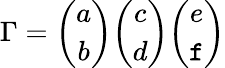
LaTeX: {\Gamma}={\binom{a}{b}}{\binom{c}{d}}{\binom{e}{\mathtt{f}}}